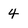
Character: 4